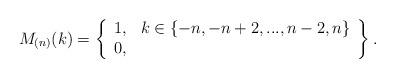
LaTeX: \begin{align*}M_{(n)}(k)=\left\{\begin{array}{ccc}1, & k\in\{-n,-n+2,...,n-2,n\}\\0, & \end{array}\right\}.\end{align*}